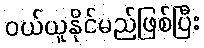
ဝယ်ယူနိုင်မည်ဖြစ်ပြီး